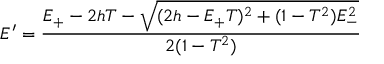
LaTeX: E ^ { \prime } = \frac { E _ { + } - 2 h T - \sqrt { ( 2 h - E _ { + } T ) ^ { 2 } + ( 1 - T ^ { 2 } ) E _ { - } ^ { 2 } } } { 2 ( 1 - T ^ { 2 } ) }